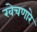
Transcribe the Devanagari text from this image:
खेचणारे